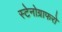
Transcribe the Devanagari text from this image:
स्टेनोग्राफरो